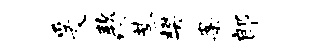
爰款缪巷樊案郎